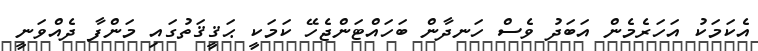
އެކަމަކު އަހަރެމެން އަބަދު ވެސް ހަނދާން ބަހައްޓަންޖެހޭ ކަމަކީ ޙަޤީޤަތުގައި މަންފާ ދެއްވަނީ